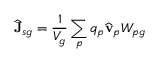
\widehat { \mathbf { J } } _ { s g } = \frac { 1 } { V _ { g } } \sum _ { p } q _ { p } \widehat { \mathbf { v } } _ { p } W _ { p g }